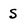
Character: S